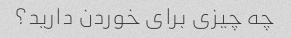
چه چیزی برای خوردن دارید؟